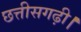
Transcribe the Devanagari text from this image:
छत्तीसगढ़ी।